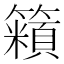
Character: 𬕿